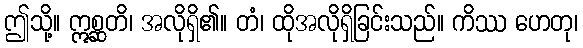
ဤသို့။ ဣစ္ဆတိ၊ အလိုရှိ၏။ တံ၊ ထိုအလိုရှိခြင်းသည်။ ကိဿ ဟေတု၊